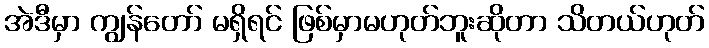
အဲဒီမှာ ကျွန်တော် မရှိရင် ဖြစ်မှာမဟုတ်ဘူးဆိုတာ သိတယ်ဟုတ်